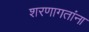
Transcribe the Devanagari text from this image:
शरणागतांना